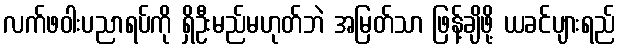
လက်ဖဝါးပညာရပ်ကို ရှိဦးမည်မဟုတ်ဘဲ အမြတ်သာ ဖြန့်ချိဖို့ ယခင်ပျားရည်